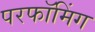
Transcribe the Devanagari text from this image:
परफॉमिंग